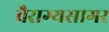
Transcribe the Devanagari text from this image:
वैराग्यसागर